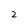
Character: 2